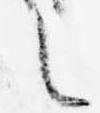
之